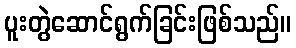
ပူးတွဲဆောင်ရွက်ခြင်းဖြစ်သည်။